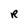
Character: R